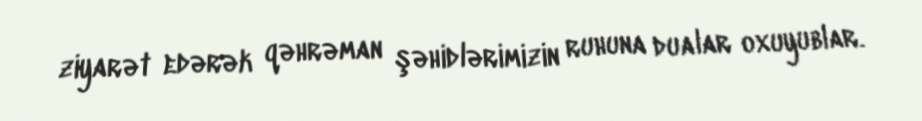
ziyarət edərək qəhrəman şəhidlərimizin ruhuna dualar oxuyublar.